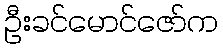
ဦးခင်မောင်ဇော်က